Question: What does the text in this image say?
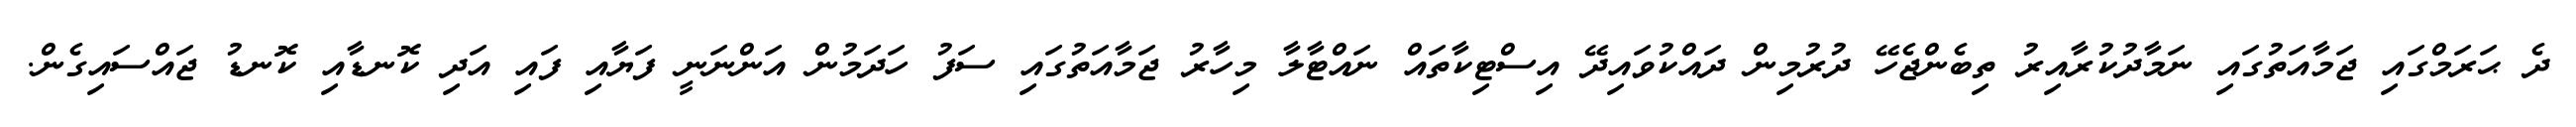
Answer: ދެ ޙަރަމްގައި ޖަމާއަތުގައި ނަމާދުކުރާއިރު ތިބެންޖެހޭ ދުރުމިން ދައްކުވައިދޭ އިސްޓިކާތައް ނައްޓާލާ މިހާރު ޖަމާއަތުގައި ސަފު ހަދަމުން އަންނަނީ ފަޔާއި ފައި އަދި ކޮނޑާއި ކޮނޑު ޖައްސައިގެން.